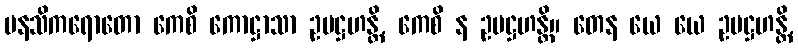
မနသိကရောတော ကေစိ ကောဋ္ဌာသာ ဥပဋ္ဌဟန္တိ, ကေစိ န ဥပဋ္ဌဟန္တိ။ တေန ယေ ယေ ဥပဋ္ဌဟန္တိ,